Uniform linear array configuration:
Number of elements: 16
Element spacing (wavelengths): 1
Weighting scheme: cosine
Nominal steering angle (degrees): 60
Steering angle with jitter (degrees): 60.008
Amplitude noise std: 0.05
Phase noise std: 0.05

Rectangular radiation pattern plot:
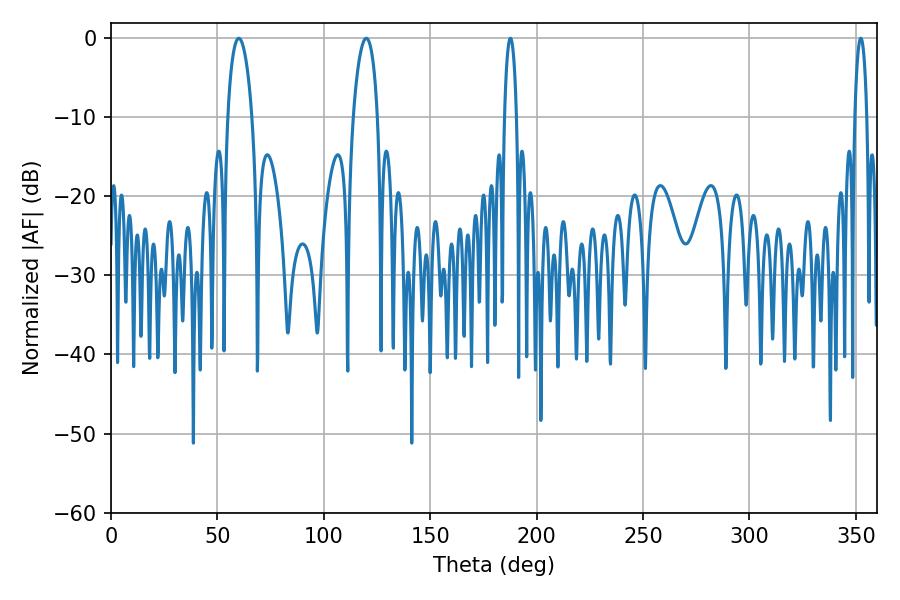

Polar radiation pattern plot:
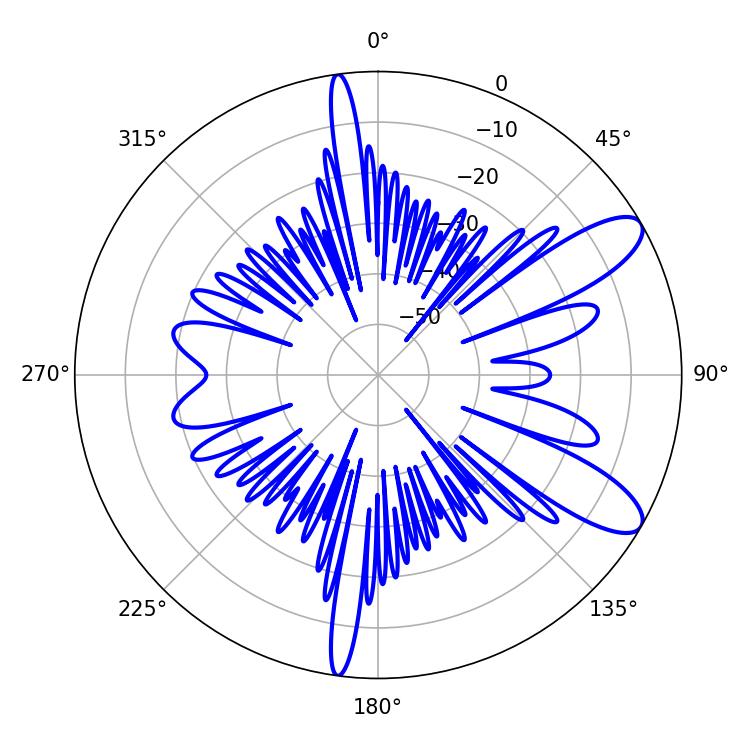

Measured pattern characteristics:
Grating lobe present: TRUE
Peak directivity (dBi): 10.118
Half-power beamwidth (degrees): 6.66
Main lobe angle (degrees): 60.12